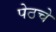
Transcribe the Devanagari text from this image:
पेठचे